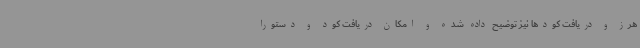
هرز و دریافت کودها نیز توضیح داده شده و امکان دریافت کود و دستورا